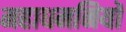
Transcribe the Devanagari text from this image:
महाधमनियों